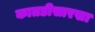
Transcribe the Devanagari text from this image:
कातडीसारखा